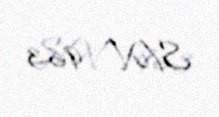
S/N - 963